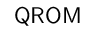
\mathsf { Q R O M }